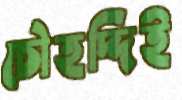
চৌহদ্দিই